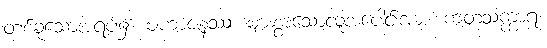
တစ်ခုသောအရပ်၌။ မဟာဇနဿ၊ များစွာသောလူအပေါင်းအား။ ကတသက္ကာရ၊